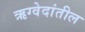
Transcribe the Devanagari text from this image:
ऋग्वेदांतील